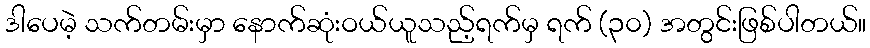
ဒါပေမဲ့ သက်တမ်းမှာ နောက်ဆုံးဝယ်ယူသည့်ရက်မှ ရက် (၃၀) အတွင်းဖြစ်ပါတယ်။